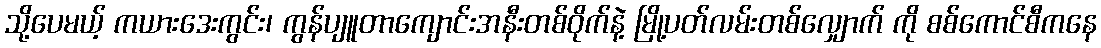
သို့ပေမယ့် ကယားဒေးကွင်း၊ ကွန်ပျူတာကျောင်းအနီးတစ်ဝိုက်နဲ့ မြို့ပတ်လမ်းတစ်လျှောက် ကို စစ်ကောင်စီကနေ